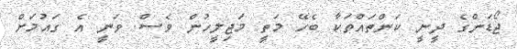
ޖޯޑަންގެ ދީނީ ކަންތައްތަކާ ބެހޭ މަތީ މަޖިލީހުން ވެސް ވަނީ އެ ގައުމަށް